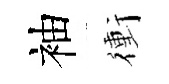
袖衝